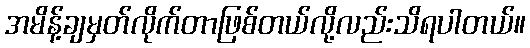
အမိန့်ချမှတ်လိုက်တာဖြစ်တယ်လို့လည်းသိရပါတယ်။